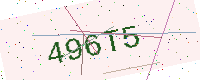
Text: 496T5